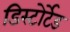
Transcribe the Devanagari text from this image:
डिस्टोर्टेड